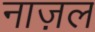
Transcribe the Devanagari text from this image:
नाज़ल